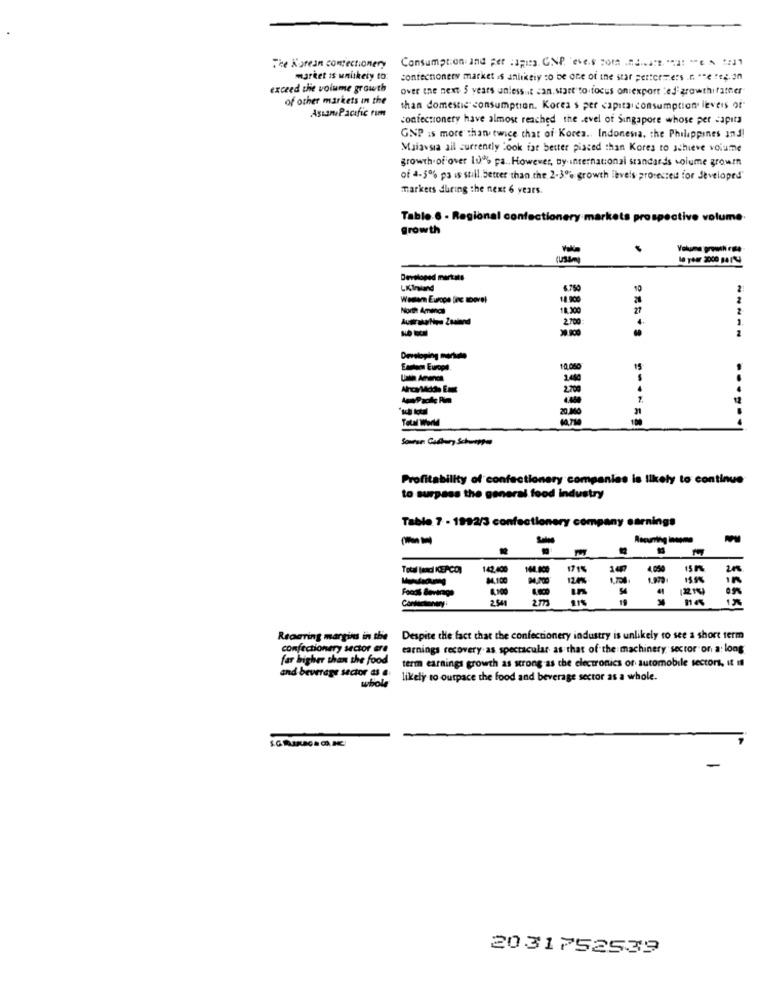
The Korean confectionery
Consumption and per capita. GNP. eves For ME .. ATE. "A "CA !
market is unlikely to:
confecnoners market is anlikely to be one of the star performers ... "e ".
exceed the volume growth
over the next 5 years unlessit can.start to focus on export :ed growthifather
of other markets in the
Asian Pacific rim
than domestic consumption. Korea's per capitai consumption levels of
confectionery have almost reached the Level of Singapore whose per capita
GNP is more than twice that of Korea ., Indonesia, the Philippines and!
Maiavsia all currently Look fat better placed than Kores to achieve volume
growth.of over 10% pa .. However, by international standards volume growth
of 4-5% ps is still. better than.the. 2-3% growth levels protected for Seveloped"
markers during the next 6 years.
Table 6 - Regional confectionery markets prospective volume.
growth
le year 2000 BIR
Developed martatı
LKInland
6.75
Waneen Europe finc moore!
North Amina
18.30
2.700
Eastern Europe
10.080
19
$
4
AmPaole Rim
31
Profitability of confectionery companies is likely to continue
to surpass the general food industry
Table 7 - 1992/3 confectionery company sarnings
Total (and ICEACO)
142.400
164.000
171%
4.050
84,100
124%
1595
Foods Beverage
54
Recaring margins in the
Despite the fact that the confectionery industry is unlikely to see a short term
confectionery sector ere
earnings recovery as spectacular as that of the machinery sector on a: long
far higher than the food
term earnings growth as strong as the electronics or automobile sectors, it Il
and beverage sector as a
whole
likely to ourpace the food and beverage sector as a whole.
2031752539